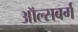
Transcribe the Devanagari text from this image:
ऑल्सबर्ग